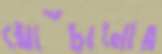
ঘোঁচানোর